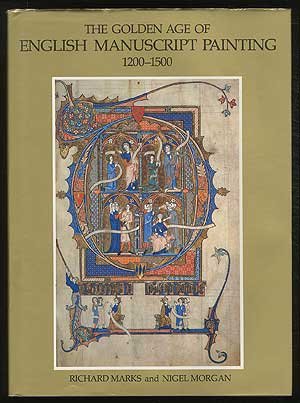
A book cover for Golden Age of English Manuscript Painting: 1200-1500; Richard Marks; Arts & Photography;